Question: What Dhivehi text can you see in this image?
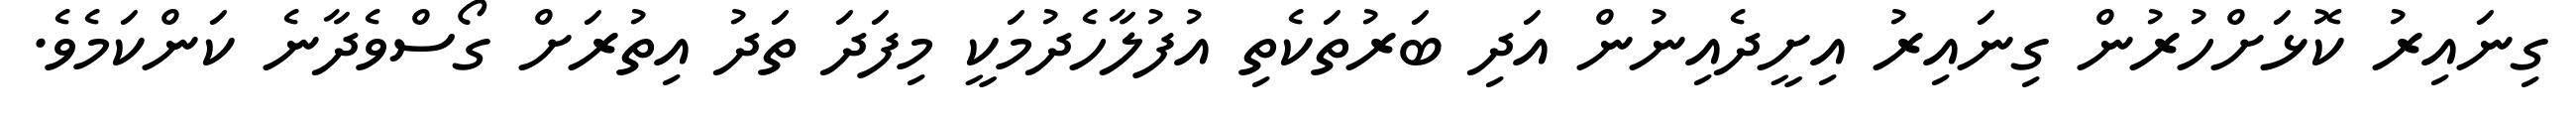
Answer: ގިނައިރު ކޮޅަށްހުރުން ގިނައިރު އިށީދެއިނުން އަދި ބަރުތަކެތި އުފުލާހެދުމަކީ މިފަދަ ތަދު އިތުރަށް ގޯސްވެދާނެ ކަންކަމެވެ.